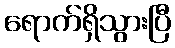
ရောက်ရှိသွားပြီ